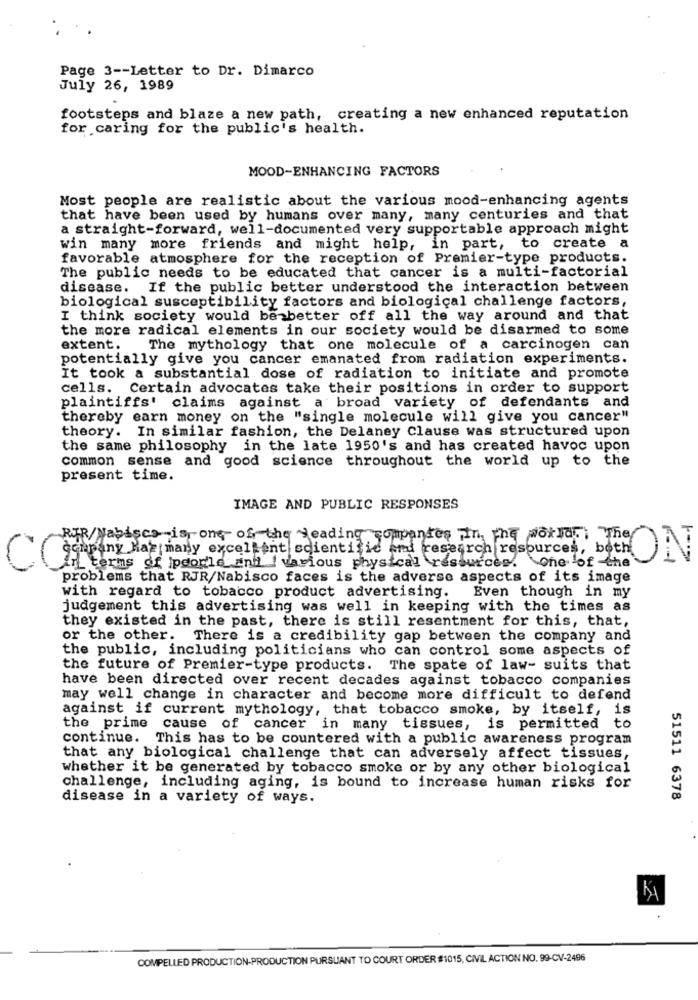
Page 3 -- Letter to Dr. Dimarco
July 26, 1989
footsteps and blaze a new path, creating a new enhanced reputation
for caring for the public's health.
MOOD-ENHANCING FACTORS
Most people are realistic about the various mood-enhancing agents
that have been used by humans over many, many centuries and that
a straight-forward, well-documented very supportable approach might
win many more friends and might help, in part, to create a
favorable atmosphere for the reception of Premier-type products.
The public needs to be educated that cancer is a multi-factorial
disease. If the public better understood the interaction between
biological susceptibility factors and biological challenge factors,
I think society would be better off all the way around and that
the more radical elements in our society would be disarmed to some
extent.
The mythology that one molecule of a carcinogen can
potentially give you cancer emanated from radiation experiments.
It took a substantial dose of radiation to initiate and promote
cells. Certain advocates take their positions in order to support
plaintiffs' claims against a broad variety of defendants and
thereby earn money on the "single molecule will give you cancer"
theory. In similar fashion, the Delaney Clause was structured upon
the same philosophy in the late 1950's and has created havoc upon
common sense and good science throughout the world up to the
present time.
IMAGE AND PUBLIC RESPONSES
RJR/Nabisco -is one of the leading companies Fin, The world ,, They
in terms of people and I various physical resources. one of the
company Has many excellent scientific and research resource betr
problems that RJR/Nabisco faces is the adverse aspects of its image
with regard to tobacco product advertising.
Even though in my
judgement this advertising was well in keeping with the times as
they existed in the past, there is still resentment for this, that,
or the other. There is a credibility gap between the company and
the public, including politicians who can control some aspects of
the future of Premier-type products. The spate of law- suits that
have been directed over recent decades against tobacco companies
may well change in character and become more difficult to defend
against if current mythology, that tobacco smoke, by itself, is
the prime cause of cancer in many tissues, is permitted to
continue. This has to be countered with a public awareness program
that any biological challenge that can adversely affect tissues,
whether it be generated by tobacco smoke or by any other biological
challenge, including aging, is bound to increase human risks for
disease in a variety of ways.
51511 6378
COMPELLED PRODUCTION-PRODUCTION PURSUANT TO COURT ORDER #1015, CIVIL ACTION NO. 99-CV-2496